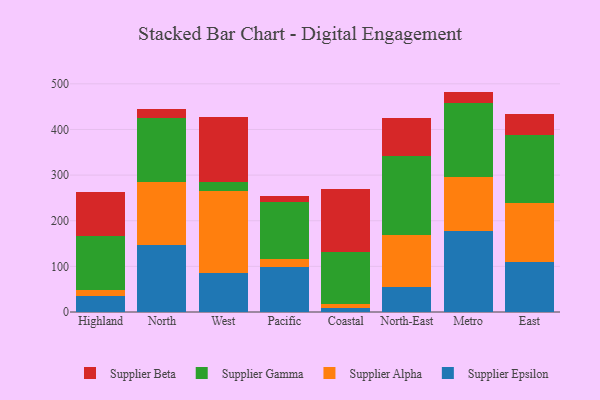
{"axis": {"x": "Region", "y": "Satisfaction Score"}, "legend": ["Supplier Alpha", "Supplier Beta", "Supplier Epsilon", "Supplier Gamma"], "data": [{"x": "Highland", "y": 34.7, "type": "Supplier Epsilon"}, {"x": "Highland", "y": 13.8, "type": "Supplier Alpha"}, {"x": "Highland", "y": 117.9, "type": "Supplier Gamma"}, {"x": "Highland", "y": 96.7, "type": "Supplier Beta"}, {"x": "North", "y": 146.8, "type": "Supplier Epsilon"}, {"x": "North", "y": 138.9, "type": "Supplier Alpha"}, {"x": "North", "y": 138.9, "type": "Supplier Gamma"}, {"x": "North", "y": 20.2, "type": "Supplier Beta"}, {"x": "West", "y": 86.3, "type": "Supplier Epsilon"}, {"x": "West", "y": 177.9, "type": "Supplier Alpha"}, {"x": "West", "y": 21.5, "type": "Supplier Gamma"}, {"x": "West", "y": 141.2, "type": "Supplier Beta"}, {"x": "Pacific", "y": 97.9, "type": "Supplier Epsilon"}, {"x": "Pacific", "y": 19.1, "type": "Supplier Alpha"}, {"x": "Pacific", "y": 124.3, "type": "Supplier Gamma"}, {"x": "Pacific", "y": 12.0, "type": "Supplier Beta"}, {"x": "Coastal", "y": 9.2, "type": "Supplier Epsilon"}, {"x": "Coastal", "y": 7.6, "type": "Supplier Alpha"}, {"x": "Coastal", "y": 114.0, "type": "Supplier Gamma"}, {"x": "Coastal", "y": 139.2, "type": "Supplier Beta"}, {"x": "North-East", "y": 54.7, "type": "Supplier Epsilon"}, {"x": "North-East", "y": 114.4, "type": "Supplier Alpha"}, {"x": "North-East", "y": 173.2, "type": "Supplier Gamma"}, {"x": "North-East", "y": 83.6, "type": "Supplier Beta"}, {"x": "Metro", "y": 178.2, "type": "Supplier Epsilon"}, {"x": "Metro", "y": 118.3, "type": "Supplier Alpha"}, {"x": "Metro", "y": 160.8, "type": "Supplier Gamma"}, {"x": "Metro", "y": 25.7, "type": "Supplier Beta"}, {"x": "East", "y": 108.6, "type": "Supplier Epsilon"}, {"x": "East", "y": 129.5, "type": "Supplier Alpha"}, {"x": "East", "y": 149.3, "type": "Supplier Gamma"}, {"x": "East", "y": 47.6, "type": "Supplier Beta"}]}